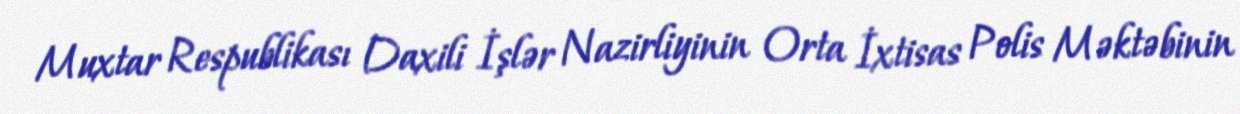
Muxtar Respublikası Daxili İşlər Nazirliyinin Orta İxtisas Polis Məktəbinin